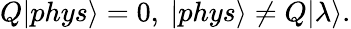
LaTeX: Q|phys\rangle=0,~|phys\rangle\ne Q|\lambda\rangle.